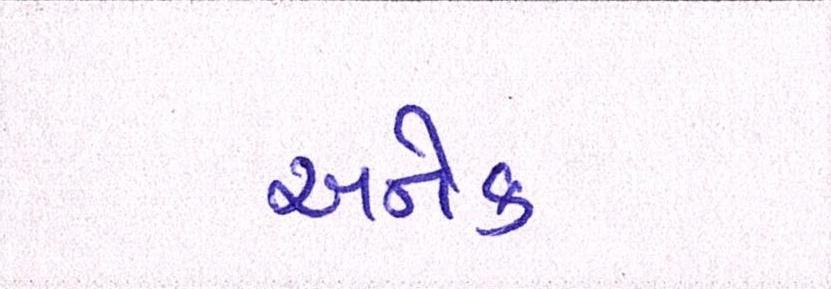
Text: અનેક